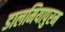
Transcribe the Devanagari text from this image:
डालमियापुरम